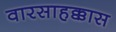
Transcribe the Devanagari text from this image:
वारसाहक्कास